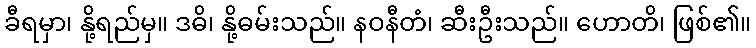
ခီရမှာ၊ နို့ရည်မှ။ ဒဓိ၊ နို့ဓမ်းသည်။ နဝနီတံ၊ ဆီးဦးသည်။ ဟောတိ၊ ဖြစ်၏။